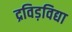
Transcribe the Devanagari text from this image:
द्रविड़विद्या